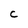
Character: C